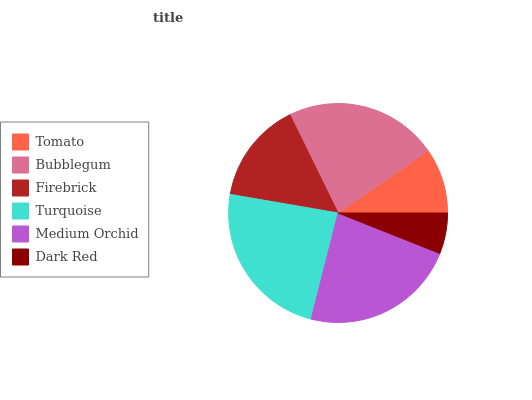
| Tomato | Bubblegum | Firebrick | Turquoise | Medium Orchid | Dark Red |
 | --- | --- | --- | --- | --- | --- |
 | 9.65% | 22.6% | 15% | 23.7% | 22.9% | 6.02% |